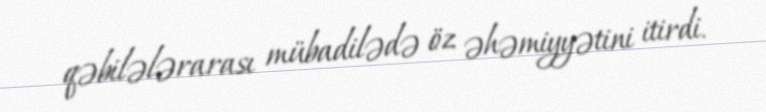
qəbilələrarası mübadilədə öz əhəmiyyətini itirdi.